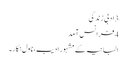
3 ادبی زندگی
4 فرانس آمد
البانیہ کے مشہور ادیب، ناول نگار۔